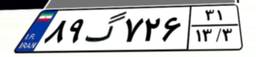
۸۹گ۷۲۶۳۱